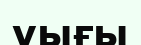
уығы